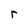
Character: r